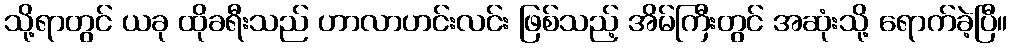
သို့ရာတွင် ယခု ထိုခရီးသည် ဟာလာဟင်းလင်း ဖြစ်သည့် အိမ်ကြီးတွင် အဆုံးသို့ ရောက်ခဲ့ပြီ။